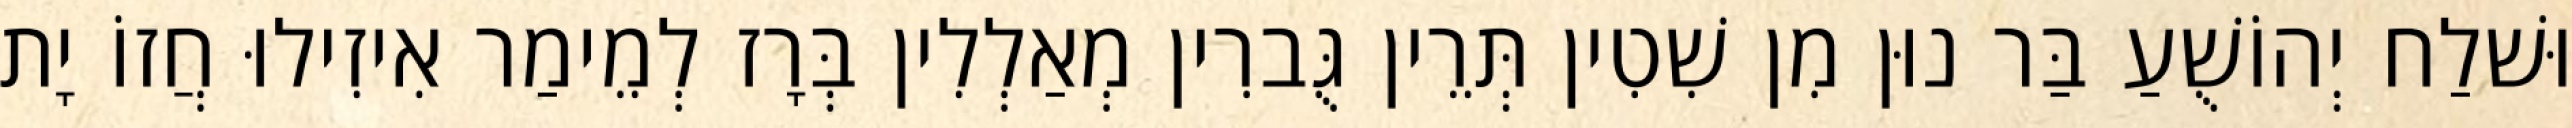
וּשׁלַח יְהוֹשֻׁעַ בַּר נוּן מִן שִׁטִין תְּרֵין גֻּברִין מְאַלְלִין בְּרָז לְמֵימַר אִיזִילוּ חֲזוֹ יָת